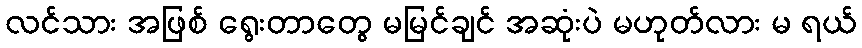
လင်သား အဖြစ် ရွေးတာတွေ မမြင်ချင် အဆုံးပဲ မဟုတ်လား မ ရယ်